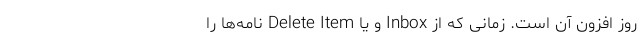
روز افزون آن است. زمانی که از Inbox و یا Delete Item نامه­‌ها را